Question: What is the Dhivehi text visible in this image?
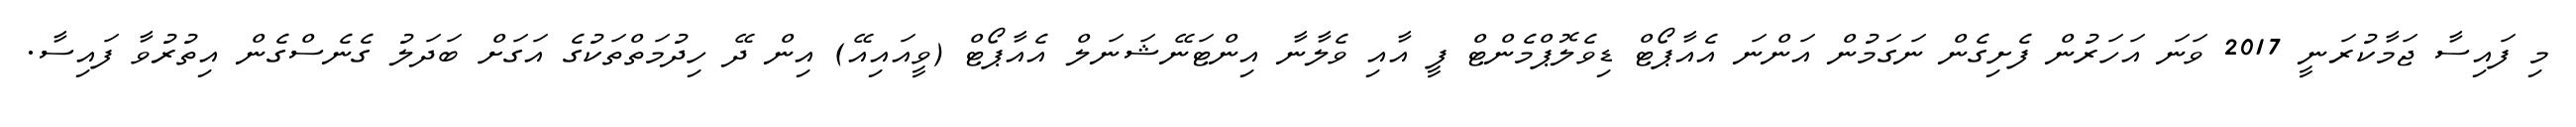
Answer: މި ފައިސާ ޖަމާކުރަނީ 2017 ވަނަ އަހަރުން ފެށިގެން ނަގަމުން އަންނަ އެއާޕޯޓް ޑިވެލޮޕްމެންޓް ފީ އާއި ވެލާނާ އިންޓަނޭޝަނަލް އެއާޕޯޓް (ވީއައިއޭ) އިން ދޭ ހިދުމަތްތަކުގެ އަގަށް ބަދަލު ގެނެސްގެން އިތުރުވާ ފައިސާ.